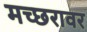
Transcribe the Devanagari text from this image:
मच्छरावर